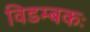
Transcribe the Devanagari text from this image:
विडम्बकः